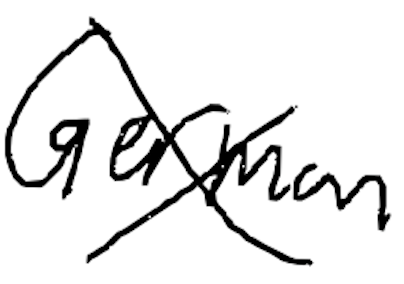
Text: German
Cross-out: cross
Writing tool: digital_black